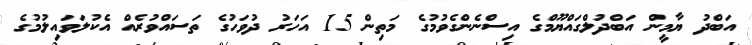
އަބްދު ޔާމީން އަބްދުލްގައްޔޫމްގެ އިސްނެންގެވުމުގެ މަތިން 15 އަހަރު ދުވަހުގެ ތަސައްވުރެއް އެކުލަވައިލުމުގެ